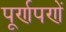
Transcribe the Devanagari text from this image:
पूर्णपणें